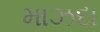
માઝદા